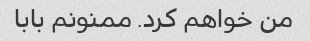
من خواهم کرد. ممنونم بابا